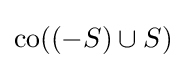
\operatorname {co} ((-S)\cup S)